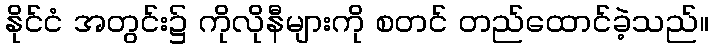
နိုင်ငံ အတွင်း၌ ကိုလိုနီများကို စတင် တည်ထောင်ခဲ့သည်။